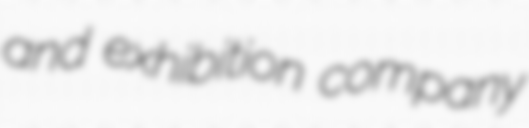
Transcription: and exhibition company